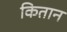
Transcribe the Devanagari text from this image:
कितान